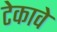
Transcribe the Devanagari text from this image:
टेकावे